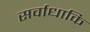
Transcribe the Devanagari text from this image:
सर्वाधाकि